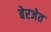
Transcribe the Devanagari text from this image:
बेरजेत